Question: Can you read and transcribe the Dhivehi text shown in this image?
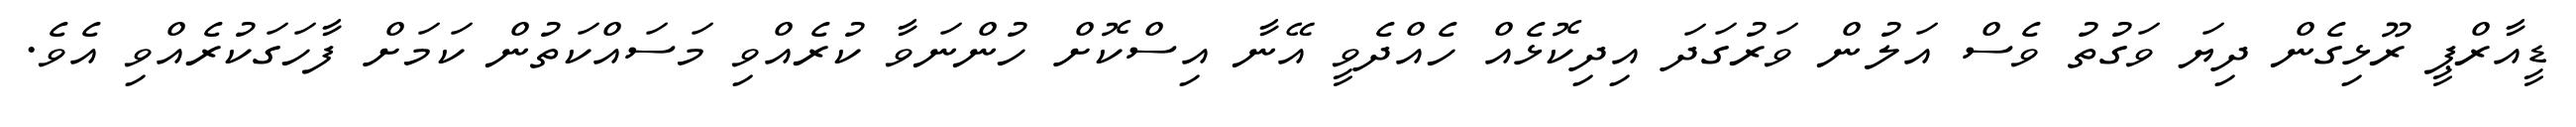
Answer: ޑީއާރްޕީ ރޫޅިގެން ދިޔަ ވަގުތު ވެސް އަލުން ވަރުގަދަ އިދިކޮޅެއް ހެއްދެވީ އޭނާ އިސްކޮށް ހުންނަވާ ކުރެއްވި މަސައްކަތުން ކަމަށް ފާހަގަކުރެއްވި އެވެ.